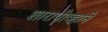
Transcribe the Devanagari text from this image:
शारापोव्हाने